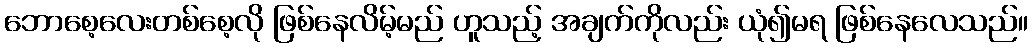
ဘောစေ့လေးတစ်စေ့လို ဖြစ်နေလိမ့်မည် ဟူသည့် အချက်ကိုလည်း ယုံ၍မရ ဖြစ်နေလေသည်။